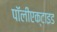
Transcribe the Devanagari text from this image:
पॉलीएक्टाइड